Black-water fever - Number 35
Disease focus: Fever
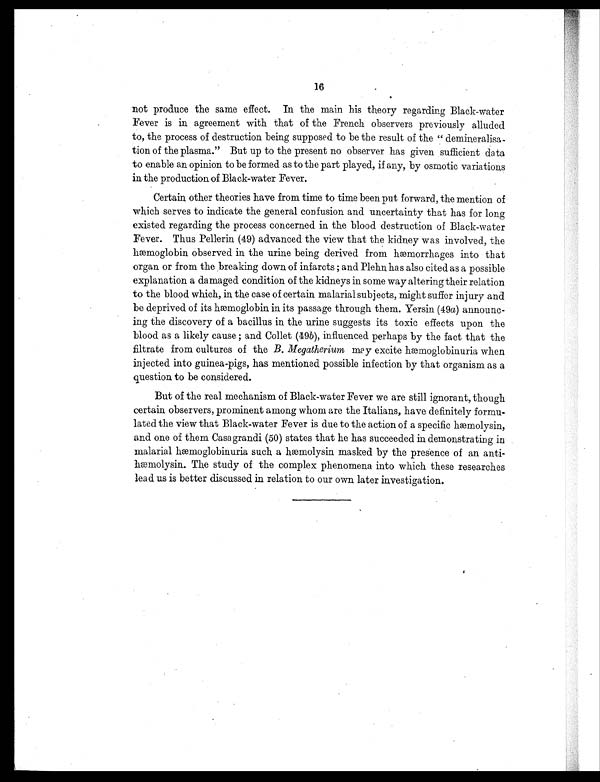
16
not produce the same effect. In the main his theory regarding Black-water
Fever is in agreement with that of the French observers previously alluded
to, the process of destruction being supposed to be the result of the " demineralisa
- t i o n o f t h e p l a s m a . " B u t u p t o t h e p r e s e n t n o o b s e r v e r h a s g i v e n s u f f i c i e n t d a t a
to enable an opinion to be formed as to the part played, if any, by osmotic variations
in the production of Black-water Fever.
Certain other theories have from time to time been put forward, the mention of
which serves to indicate the general confusion and uncertainty that has for long
existed regarding the process concerned in the blood destruction of Black-water
Fever. Thus Pellerin (49) advanced the view that the kidney was involved, the
h æ m o g l o b i n o b s e r v e d i n t h e u r i n e b e i n g d e r i v e d f r o m h æ m o r r h a g e s i n t o t h a t
organ or from the breaking down of infarcts ; and Plan has also cited as a possible
explanation a damaged condition of the kidneys in some way altering their relation
to the blood which, in the case of certain malarial subjects, might suffer injury and
b e d e p r i v e d o f i t s h æmo g l o b i n i n i t s p a s s a g e t h r o u g h t h e m. Y e r s i n ( 4 9 a ) announc
- i n g t h e d i s c o v e r y o f a b a c i l l u s i n t h e u r i n e s u g g e s t s i t s t o x i c e f f e c t s u p o n t h e
blood as a likely cause ; and Collet (49b), influenced perhaps by the fact that the
filtrate from cultures of the B. Megatherium may exci t e hæmogl obi nur i a when
injected into guinea-pigs, has mentioned possible infection by that organism as a
question to be considered.
But of the real mechanism of Black-water Fever we are still ignorant, though
certain observers, prominent among whom are the Italians, have definitely formu
- l a t e d t h e v i e w t h a t B l a c k - w a t e r F e v e r i s d u e t o t h e a c t i o n o f a s p e c i f i c h æ m o l y s i n ,
and one of them Casa grandi (50) states that he has succeeded in demonstrating in
malarial hæmoglobinuria such a hæmolysin masked by the presence of an anti
-hæmolysin. The study of the complex phenomena into which these researches
lead us is better discussed in relation to our own later investigation.